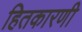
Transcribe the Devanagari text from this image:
हितकारणी